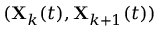
( \mathbf { X } _ { k } ( t ) , \mathbf { X } _ { k + 1 } ( t ) )